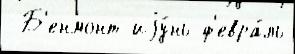
 Б'енмонт иjу́нь ф'евра́ль